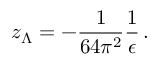
z _ { \Lambda } = - \frac { 1 } { 6 4 \pi ^ { 2 } } \frac { 1 } { \epsilon } \, .